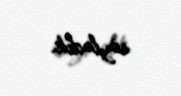
söylədik.